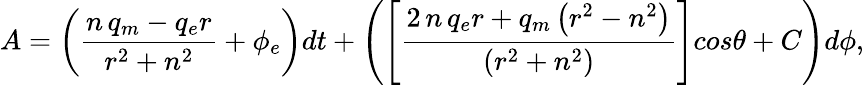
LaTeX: A=\left(\frac{n\, q_{m}-q_{e}r}{r^{2}+n^{2}}+\phi_{e}\right)dt+\left(\left[\frac{2\, n\, q_{e}r+q_{m}\left(r^{2}-n^{2}\right)}{\left(r^{2}+n^{2}\right)}\right]cos\theta+C\right)d\phi,